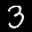
Label: 3